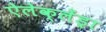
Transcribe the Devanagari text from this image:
ऐलेक्लेंड्रा